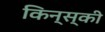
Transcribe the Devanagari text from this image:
किन्स्की